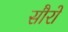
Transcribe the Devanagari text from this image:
सौरों